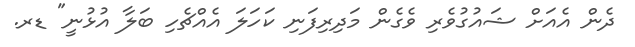
ދެން އެއަށް ޝައުގުވެރި ވެގެން މަދިރިފަނި ކަހަލަ އެއްޗެހި ބަލާ އުޅުނީ" ޑރ.